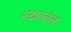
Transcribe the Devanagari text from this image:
मखालेल